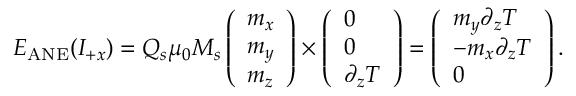
\boldsymbol { E } _ { \mathrm { A N E } } ( I _ { + x } ) = Q _ { s } \mu _ { 0 } M _ { s } \left( \begin{array} { l } { m _ { x } } \\ { m _ { y } } \\ { m _ { z } } \end{array} \right) \times \left( \begin{array} { l } { 0 } \\ { 0 } \\ { \partial _ { z } T } \end{array} \right) = \left( \begin{array} { l } { m _ { y } \partial _ { z } T } \\ { - m _ { x } \partial _ { z } T } \\ { 0 } \end{array} \right) .